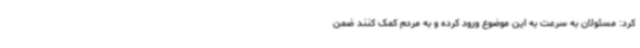
کرد: مسئولان به سرعت به این موضوع ورود کرده و به مردم کمک کنند ضمن